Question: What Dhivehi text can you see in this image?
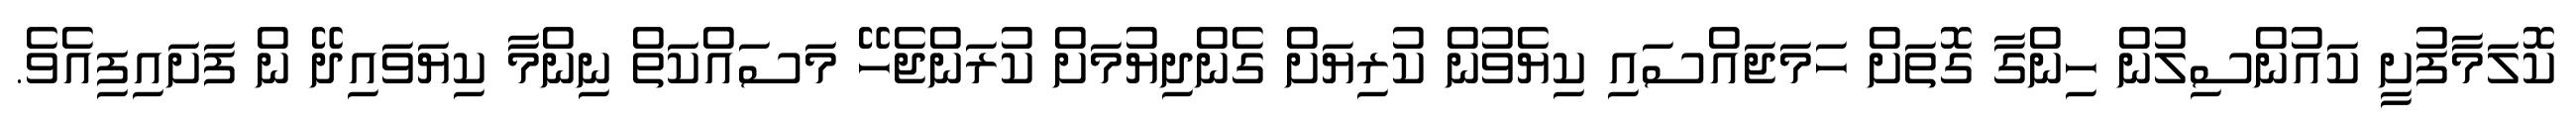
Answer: ކޮލަމާފުށީ ކައުންސިލުން ހިންގާ ގޮތަށް ހަމަޖައްސައި ކިޔެވުން ކުރިޔަށް ގެންދިޔުމަށް ކުރަންޖެހޭ މަސައްކަތް ނިންމާ ކިޔަވައިދޭ ން ފަށައިފިއެވެ.